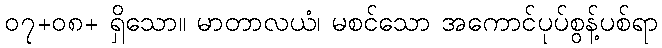
၀၇+၀၈+ ရှိသော။ မာတာလယံ၊ မစင်သော အကောင်ပုပ်စွန့်ပစ်ရာ